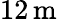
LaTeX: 12\, \mathrm{m}